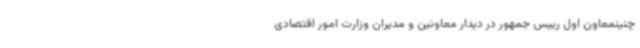
چنینمعاون اول رییس جمهور در دیدار معاونین و مدیران وزارت امور اقتصادی